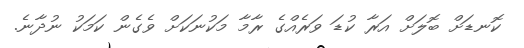
ކޮނޑަށް ބޮލަށް އަރާ ކުޑަ ވަރެއްގެ ރާމާ މަކުނަކަށް ވެގެން ކަމަކު ނުދާނެ.